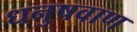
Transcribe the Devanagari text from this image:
धनुषवाण